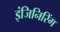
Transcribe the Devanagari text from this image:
इंजिनिरिंग